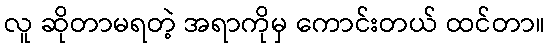
လူ ဆိုတာမရတဲ့ အရာကိုမှ ကောင်းတယ် ထင်တာ။